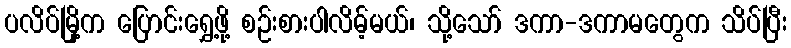
ပလိပ်မြို့က ပြောင်းရွှေ့ဖို့ စဉ်းစားပါလိမ့်မယ်၊ သို့သော် ဒကာ-ဒကာမတွေက သိပ်ပြီး